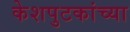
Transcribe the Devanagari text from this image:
केशपुटकांच्या